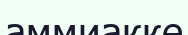
аммиакке